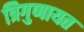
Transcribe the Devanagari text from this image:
त्रिगुणायत